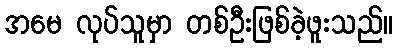
အမေ လုပ်သူမှာ တစ်ဦးဖြစ်ခဲ့ဖူးသည်။